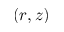
( r , z )